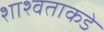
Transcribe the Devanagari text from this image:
शाश्वताकडे